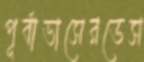
পূর্বাভাসেরডেস